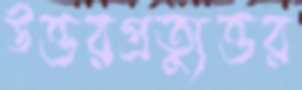
উত্তরপ্রত্যুত্তর